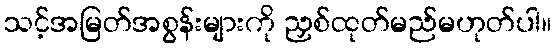
သင့်အမြတ်အစွန်းများကို ညှစ်ထုတ်မည်မဟုတ်ပါ။